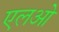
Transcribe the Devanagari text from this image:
एलओ